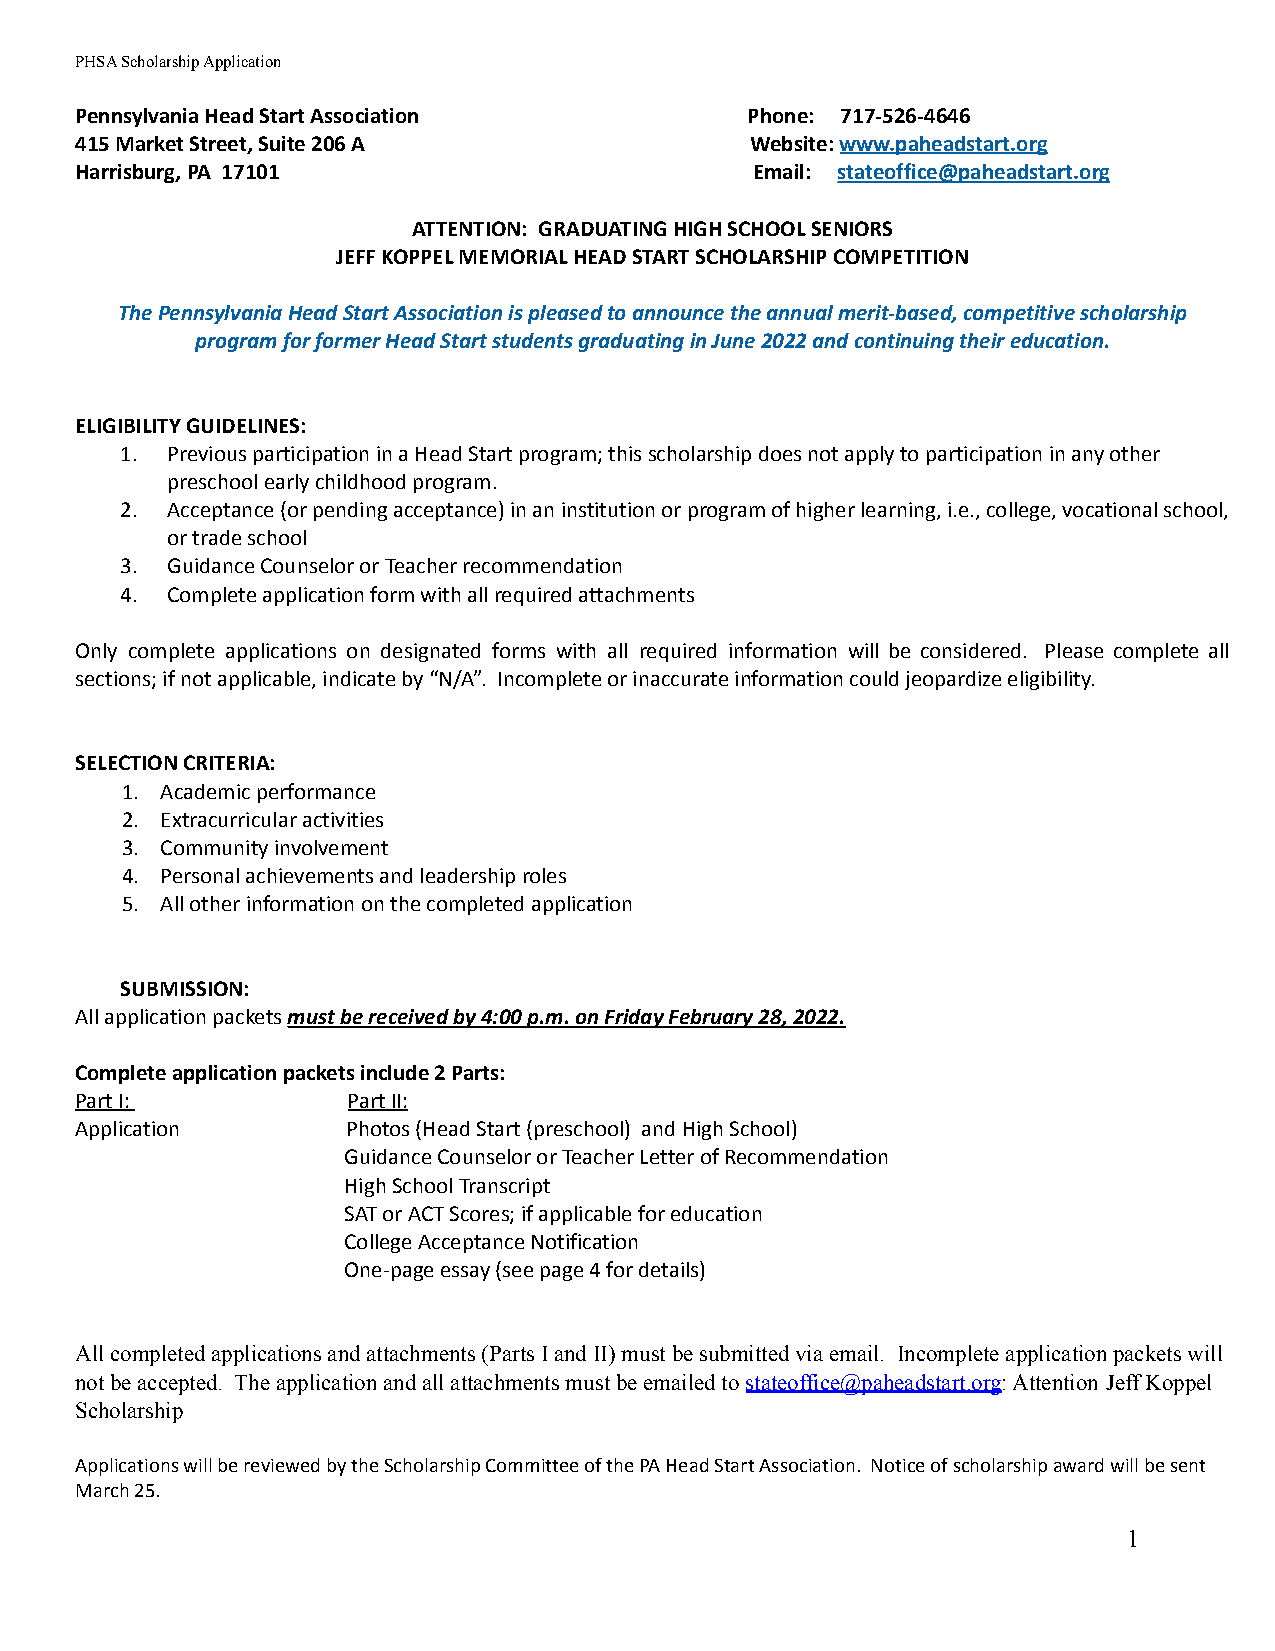
PHSA Scholarship Application
 Pennsylvania Head Start Association         Phone: 717-526-4646
 415 Market Street, Suite 206 A               Website:www.paheadstart.org
 Harrisburg, PA 17101                         Email: stateoffice@paheadstart.org
 ATTENTION: GRADUATING HIGH SCHOOL SENIORS
 JEFF KOPPEL MEMORIAL HEAD START SCHOLARSHIP COMPETITION
 The Pennsylvania Head Start Association is pleased to announce the annual merit-based, competitive scholarship
 program for former Head Start students graduating in June 2022 and continuing their education.
 ELIGIBILITY GUIDELINES:
 1. Previous participation in a Head Start program; this scholarship does not apply to participation in any other
 preschool early childhood program.
 2. Acceptance (or pending acceptance) in an institution or program of higher learning, i.e., college, vocational school,
 or trade school
 3. Guidance Counselor or Teacher recommendation
 4. Complete application form with all required attachments
 Only complete applications on designated forms with all required information will be considered. Please complete all
 sections; if not applicable, indicate by “N/A”. Incomplete or inaccurate information could jeopardize eligibility.
 SELECTION CRITERIA:
 1. Academic performance
 2. Extracurricular activities
 3. Community involvement
 4. Personal achievements and leadership roles
 5. All other information on the completed application
 SUBMISSION:
 All application packetsmust be received by 4:00 p.m.on Friday February 28, 2022.
 Complete application packets include 2 Parts:
 Part I:           PartII:
 Application       Photos (Head Start (preschool) and High School)
 Guidance Counselor or Teacher Letter of Recommendation
 High School Transcript
 SAT or ACT Scores; if applicable for education
 College Acceptance Notification
 One-page essay (see page 4 for details)
 All completed applications and attachments (Parts I and II) must be submitted via email. Incomplete application packets will
 not be accepted. The application and all attachments must be emailed tostateoffice@paheadstart.org: Attention Jeff Koppel
 Scholarship
 Applications will be reviewed by the Scholarship Committee of the PA Head Start Association. Notice of scholarship award will be sent
 March 25.
 1